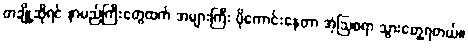
တချို့ဆိုရင် နာမည်ကြီးတွေထက် အများကြီး ပိုကောင်းနေတာ အံ့ဩစရာ သွားတွေ့ရတယ်။